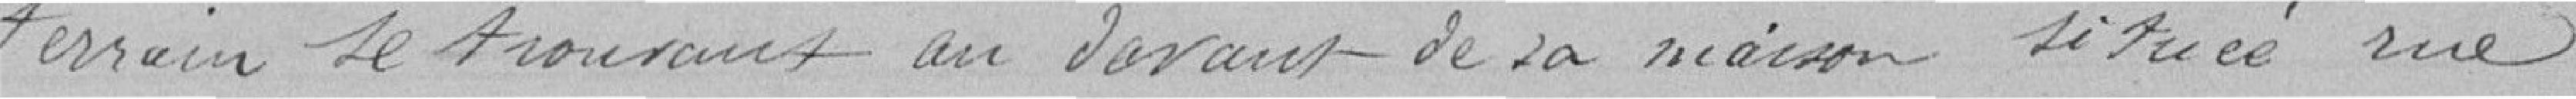
terrain se trouvant en devant de sa maison située rue